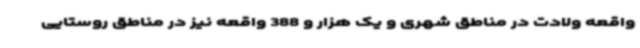
واقعه ولادت در مناطق شهری و یک هزار و 388 واقعه نیز در مناطق روستایی